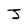
Character: J